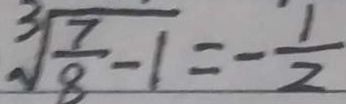
\sqrt [ 3 ] { \frac { 7 } { 8 } - 1 } = - \frac { 1 } { 2 }